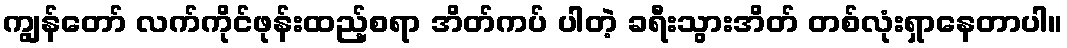
ကျွန်တော် လက်ကိုင်ဖုန်းထည့်စရာ အိတ်ကပ် ပါတဲ့ ခရီးသွားအိတ် တစ်လုံးရှာနေတာပါ။